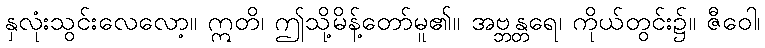
နှလုံးသွင်းလေလော့။ ဣတိ၊ ဤသို့မိန့်တော်မူ၏။ အဗ္ဘန္တရေ၊ ကိုယ်တွင်း၌။ ဇီဝေါ၊